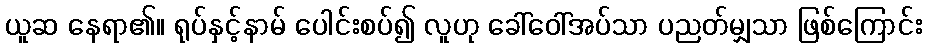
ယူဆ နေရာ၏။ ရုပ်နှင့်နာမ် ပေါင်းစပ်၍ လူဟု ခေါ်ဝေါ်အပ်သာ ပညတ်မျှသာ ဖြစ်ကြောင်း